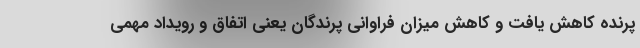
پرنده کاهش یافت و کاهش میزان فراوانی پرندگان یعنی اتفاق و رویداد مهمی